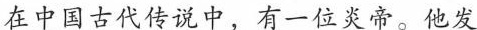
在中国古代传说中，有一位炎帝。他发